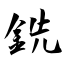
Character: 銑